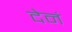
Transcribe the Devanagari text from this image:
देनं